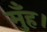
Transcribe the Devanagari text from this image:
मुँह।